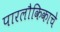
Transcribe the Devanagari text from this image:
पारलौकिकाचे